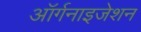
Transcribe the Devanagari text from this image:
आॅर्गनाइजेशन